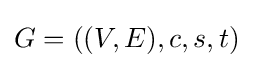
G=((V,E),c,s,t)